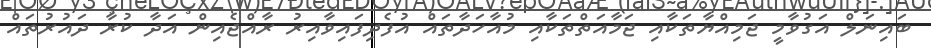
ބައިނަލް އަގުވާމީ ޖަމިއްޔާތަކާއި ޖަމާއަތްތަކާއި މުއާހަދާތައް އުފެދިފައިވާއިރު ރާއްޖެއިން އަދާ ކުރާ ދައުރުތައް